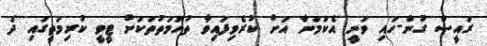
ރައީސް ގުން-ހައި ވަނީ އެކަމަނާ އަށް ކުރެވިފައިވާ ތުހުމަތުތަކަށް ޓީވީ ކުރިމަތީގައި ދެ